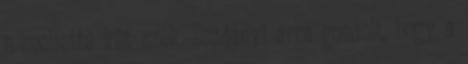
s mellette két szék. Zsadányi arra gondolt, hogy a